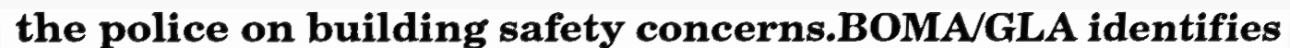
the police on building safety concerns.BOMA/GLA identifies